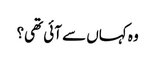
وہ کہاں سے آئی تھی؟